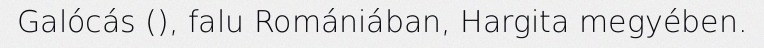
Galócás (), falu Romániában, Hargita megyében.